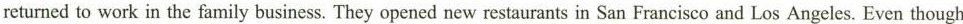
returned to work in the family business. They opened new restaurants in San Francisco and Los Angeles. Even though